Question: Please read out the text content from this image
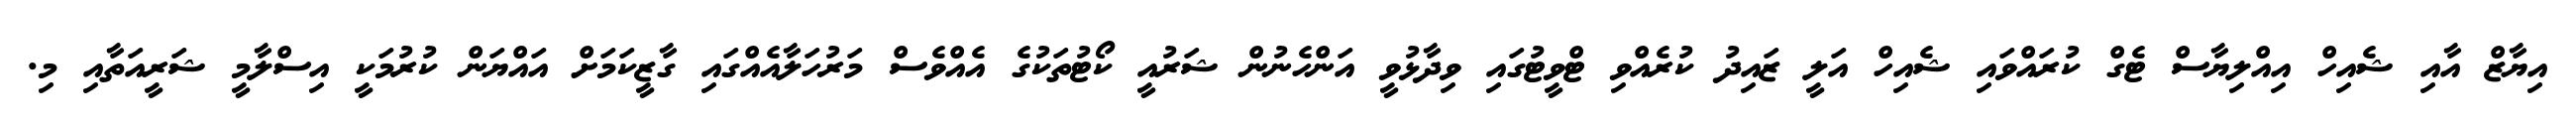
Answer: އިޔާޒް އާއި ޝެއިހް އިއްލިޔާސް ޓެގް ކުރައްވައި ޝެއިހް އަލީ ޒައިދު ކުރެއްވި ޓްވީޓުގައި ވިދާޅުވީ އަންހެނުން ޝަރުއީ ކޯޓުތަކުގެ އެއްވެސް މަރުހަލާއެއްގައި ގާޒީކަމަށް އައްޔަން ކުރުމަކީ އިސްލާމީ ޝަރީއަތާއި މި.